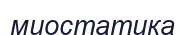
миостатика